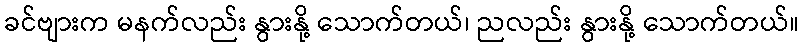
ခင်ဗျားက မနက်လည်း နွားနို့ သောက်တယ်၊ ညလည်း နွားနို့ သောက်တယ်။